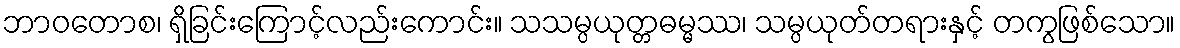
ဘာဝတောစ၊ ရှိခြင်းကြောင့်လည်းကောင်း။ သသမ္ပယုတ္တဓမ္မဿ၊ သမ္ပယုတ်တရားနှင့် တကွဖြစ်သော။